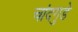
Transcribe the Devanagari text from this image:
चांदगुडे